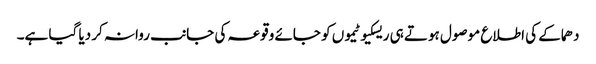
دھماکے کی اطلاع موصول ہوتے ہی ریسکیو ٹیموں کو جائے وقوعہ کی جانب روانہ کر دیا گیا ہے۔